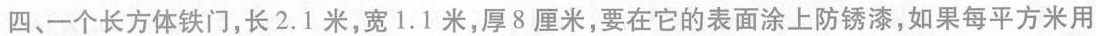
四、一个长方体铁门，长2.1米，宽1.1米，厚8厘米，要在它的表面涂上防锈漆，如果每平方米用